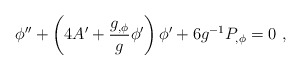
\begin{align*} \phi'' + \left (4 A'+{g_{,\phi}\over g} \phi'\right) \phi' + 6 g^{-1} P_{,\phi}=0\ ,\end{align*}